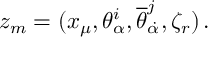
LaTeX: z _ { m } = ( x _ { \mu } , \theta _ { \alpha } ^ { i } , { \overline { { \theta } } } _ { \dot { \alpha } } ^ { j } , \zeta _ { r } ) \, .